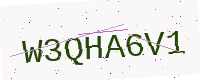
Text: W3QHA6V1